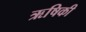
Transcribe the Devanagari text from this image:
ऋषिकी